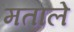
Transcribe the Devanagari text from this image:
मताले